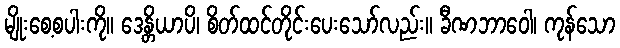
မျိုးစေ့စပါးကို။ ဒေန္တိယာပိ၊ စိတ်ထင်တိုင်းပေးသော်လည်း။ ခီဏဘာဝေါ၊ ကုန်သော